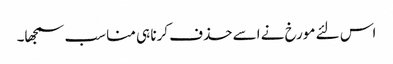
اس لئے مورخ نے اسے حذف کرنا ہی مناسب سمجھا۔